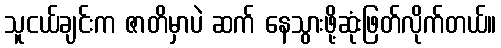
သူငယ်ချင်းက ဇာတိမှာပဲ ဆက် နေသွားဖို့ဆုံးဖြတ်လိုက်တယ်။